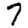
Digit: 7